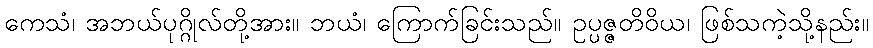
ကေသံ၊ အဘယ်ပုဂ္ဂိုလ်တို့အား။ ဘယံ၊ ကြောက်ခြင်းသည်။ ဥပ္ပဇ္ဇတိဝိယ၊ ဖြစ်သကဲ့သို့နည်း။